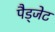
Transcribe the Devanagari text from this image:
पैड्जेट